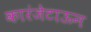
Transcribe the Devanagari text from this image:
कारंजेटाऊन